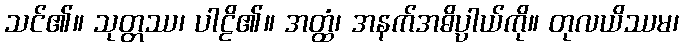
သင်၏။ သုတ္တဿ၊ ပါဠိ၏။ အတ္ထံ၊ အနက်အဓိပ္ပာယ်ကို။ တုလယိဿမ၊